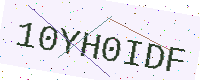
Text: 10YH0IDF